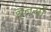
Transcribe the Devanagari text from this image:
नृतयों